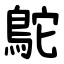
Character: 鴕